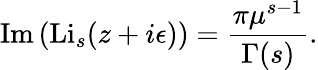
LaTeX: \operatorname{Im}\left(\operatorname{Li}_{s}(z+i\epsilon)\right)={\frac{\pi\mu^{s-1}}{\Gamma(s)}}.